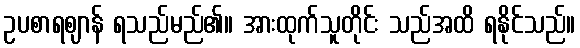
ဥပစာရဈာန် ရသည်မည်၏။ အားထုက်သူတိုင်း သည်အထိ ရနိုင်သည်။